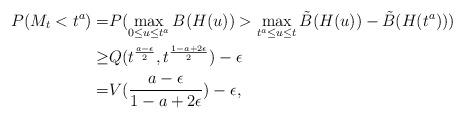
LaTeX: \begin{align*}P(M_t<t^a)=&P(\max_{0\le u\le t^a}B(H(u))>\max_{t^a\le u \le t}\tilde{B}(H(u))-\tilde{B}(H(t^a)))\\\ge &Q(t^{\frac{a-\epsilon}{2}},t^{\frac{1-a+2\epsilon}{2}})-\epsilon\\=&V(\frac{a-\epsilon}{1-a+2\epsilon})-\epsilon,\end{align*}